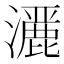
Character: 𤂢